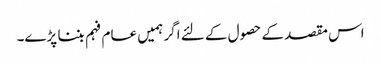
اس مقصد کے حصول کے لئے اگر ہمیں عام فہم بننا پڑے۔